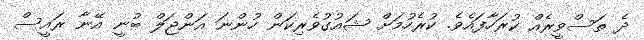
ދެ ތަސްވީރެއް ކުރަހާފައެވެ. ކުރެހުމަށް ޝައުގުވެރިކަން ހުންނަ އަންޖަލް ބުނީ އޭނާ ރައީސް